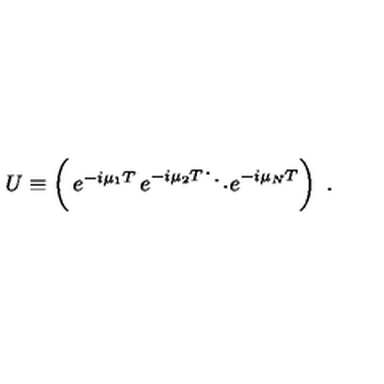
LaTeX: U \equiv \left( \begin{matrix} { e ^ { - i \mu _ { 1 } T } } & { } & { } \\ { } & { e ^ { - i \mu _ { 2 } T } } & { } & { } \\ { } & { } & { \ddots } & { } \\ { } & { } & { } & { e ^ { - i \mu _ { N } T } } & { } \\ \end{matrix} \right) \ .